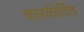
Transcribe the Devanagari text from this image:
कारकीर्दित